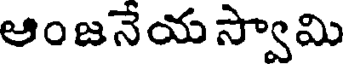
ఆంజనేయ స్వామి